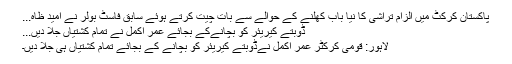
پاکستان کرکٹ میں الزام تراشی کا نیا باب کھلنے کے حوالے سے بات چیت کرتے ہوئے سابق فاسٹ بولر نے امید ظاہ...
ڈوبتے کیریئر کو بچانےکے بجائے عمر اکمل نے تمام کشتیاں جلا دیں...
لاہور: قومی کرکٹر عمر اکمل نےڈوبتے کیریئر کو بچانے کے بجائے تمام کشتیاں ہی جلا دیں۔